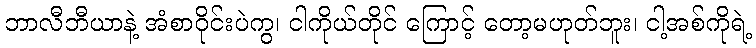
ဘာလီဘီယာနဲ့ အံစာဝိုင်းပဲကွ၊ ငါကိုယ်တိုင် ကြောင့် တော့မဟုတ်ဘူး၊ ငါ့အစ်ကိုရဲ့